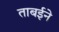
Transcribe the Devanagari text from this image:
ताबईने